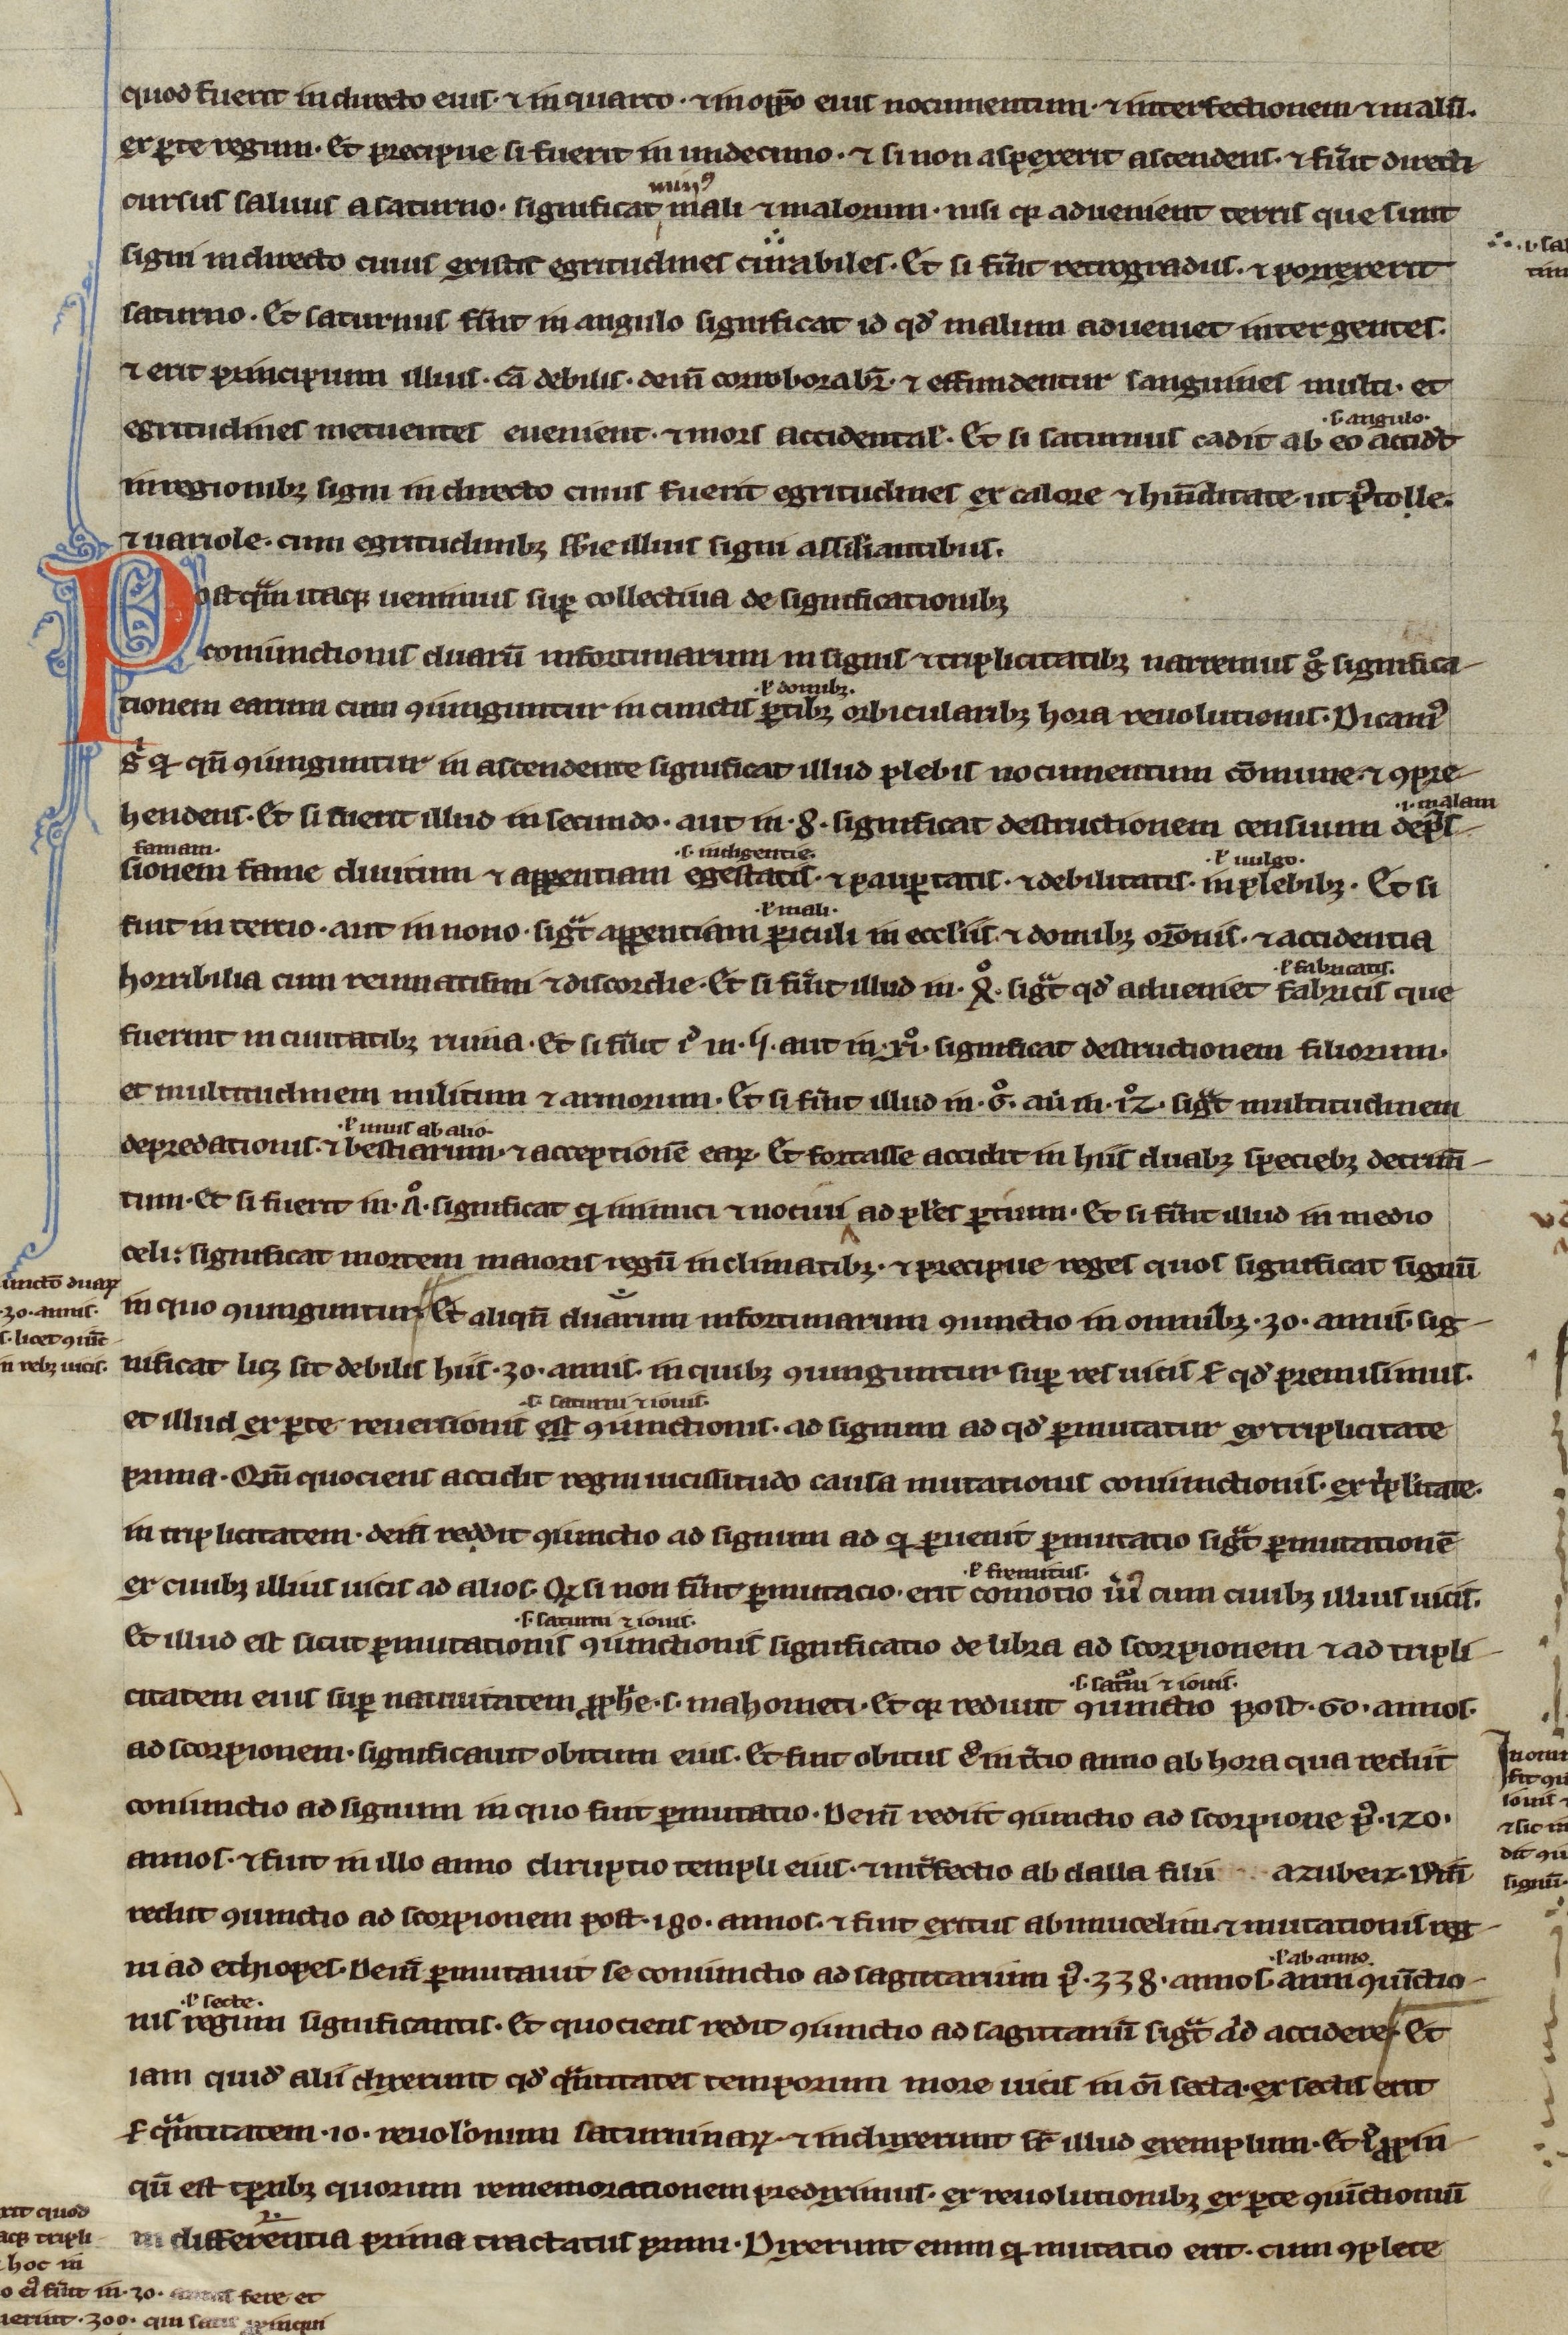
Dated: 1200–1299